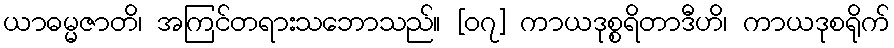
ယာဓမ္မဇာတိ၊ အကြင်တရားသဘောသည်။ [၀၇] ကာယဒုစ္စရိတာဒီဟိ၊ ကာယဒုစရိုက်